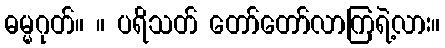
ဓမ္မဂုတ်။ ။ ပရိသတ် တော်တော်လာကြရဲ့လား။